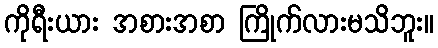
ကိုရီးယား အစားအစာ ကြိုက်လားမသိဘူး။